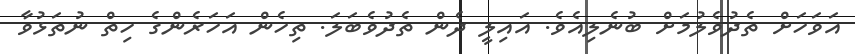
އަވަހަށް ތެދުވެލުމަށް ބުނެލިއެވެ. އައިލީ ދެން ތެދުވެބަލަ. ތިހެން އަހަރެންގެ ހިތް ނުތަޅުވާ